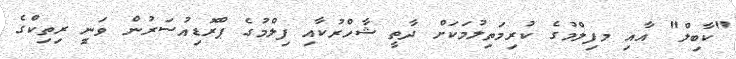
"ކާބިލް" އާއި މފިލްމުގެ ކުރިމަތިލުމަކަށް ދާތީ ޝާހްރުކާއި ފިލްމުގެ ޕްރޮޑިއުސަރުން ވަނީ ރިތިކްގެ